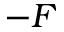
- \boldsymbol { F }